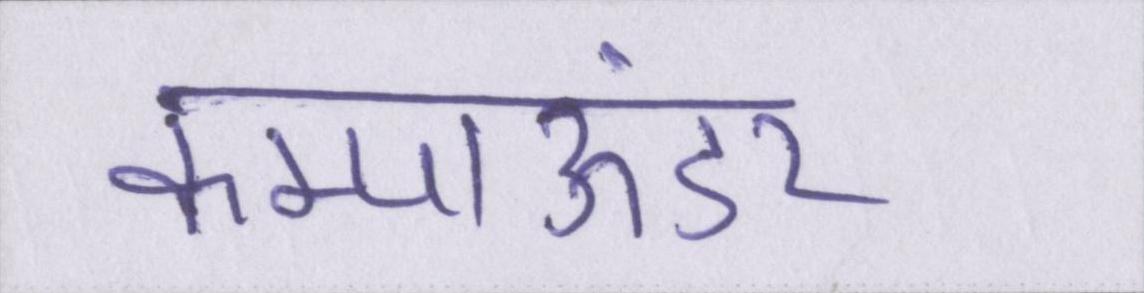
कम्पाऊंडर